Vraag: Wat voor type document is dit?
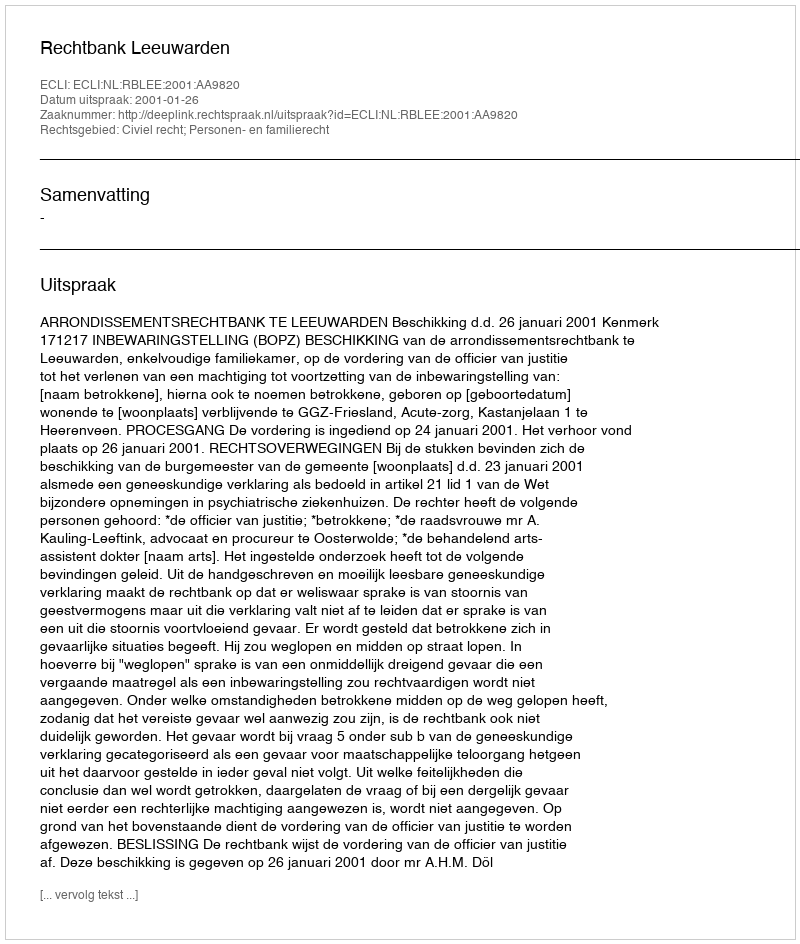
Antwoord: Uitspraak